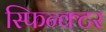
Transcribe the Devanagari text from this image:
स्फिन्क्टर